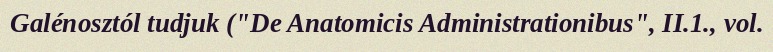
Galénosztól tudjuk ("De Anatomicis Administrationibus", II.1., vol.